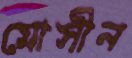
মোসীন